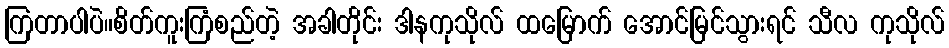
ကြတာပါပဲ။စိတ်ကူးကြံစည်တဲ့ အခါတိုင်း ဒါနကုသိုလ် ထမြောက် အောင်မြင်သွားရင် သီလ ကုသိုလ်